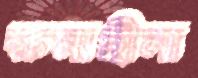
ক্ষমাহীনা